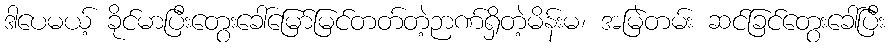
ဒါပေမယ့် ခိုင်မာပြီးတွေးခေါ်မြော်မြင်တတ်တဲ့ဉာဏ်ရှိတဲ့မိန်းမ၊ အမြဲတမ်း ဆင်ခြင်တွေးခေါ်ပြီး